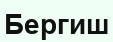
Бергиш